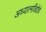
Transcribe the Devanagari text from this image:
अध्यात्मविद्येचे